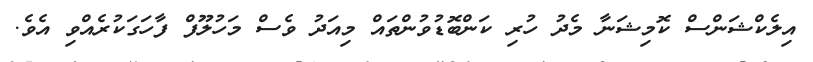
އިލެކްޝަންސް ކޮމިޝަނާ މެދު ހުރި ކަންބޮޑުވުންތައް މިއަދު ވެސް މަހުލޫފް ފާހަގަކުރެއްވި އެވެ.